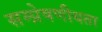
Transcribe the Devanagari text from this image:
सम्‍प्रेषणीयता